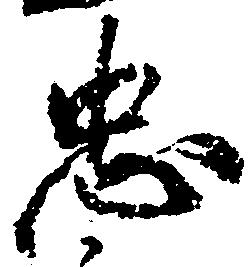
忠